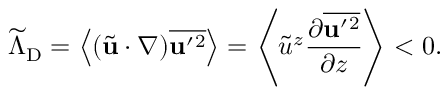
\widetilde { \Lambda } _ { \mathrm { { D } } } = \left\langle { ( \tilde { \bf { u } } \cdot \nabla ) \overline { { { \bf { u } } ^ { \prime } { } ^ { 2 } } } } \right\rangle = \left\langle { \tilde { u } } ^ { z } \frac { \partial \overline { { { \bf { u } } ^ { \prime } { } ^ { 2 } } } } { \partial z } \right\rangle < 0 .